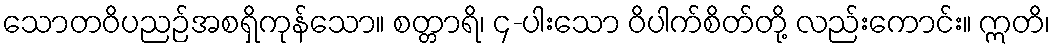
သောတဝိပညဉ်အစရှိကုန်သော။ စတ္တာရိ၊ ၄-ပါးသော ဝိပါက်စိတ်တို့ လည်းကောင်း။ ဣတိ၊